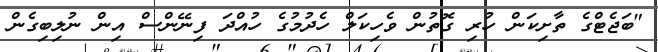
"ބަޖެޓްގެ ތާށިކަން ހުރި ގޮތުން ވެހިކަލް ހެދުމުގެ ހުއްދަ ފިނޭންސް އިން ނުލިބިގެން